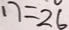
1 7 = 2 6